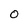
Character: O